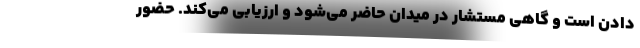
دادن است و گاهی مستشار در میدان حاضر می‌شود و ارزیابی می‌کند. حضور